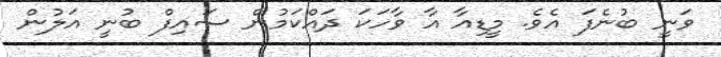
ވަނީ ބުނެފަ އެވެ. މީޑިއާ އާ ވާހަކަ ދައްކަމުން ސައިފް ބުނީ އަލުން